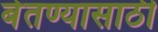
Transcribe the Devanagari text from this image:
बेतण्यासाठी